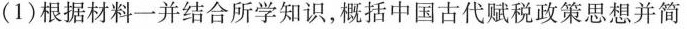
(1)根据材料一并结合所学知识,概括中国古代赋税政策思想并